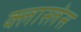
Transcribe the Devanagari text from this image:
क्लास्लेस